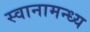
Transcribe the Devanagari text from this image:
स्वानामन्ध्य